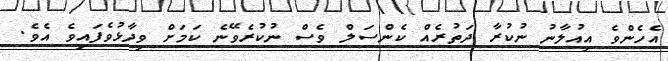
އެެހެންވެ އިއުލާނު ނުކުރާ ދަތުރެއް ކެންސަލް ވެސް ނުކުރެވޭނެ ކަމަށް ވިދާޅުވެފައިވެ އެވެ.